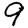
Digit: 9